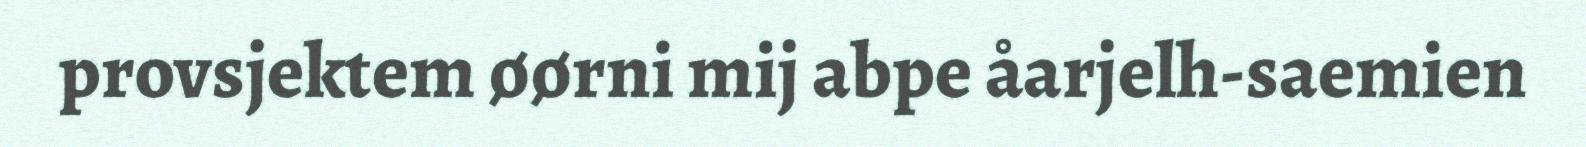
provsjektem øørni mij abpe åarjelh-saemien